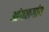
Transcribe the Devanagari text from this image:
आंगलगांव